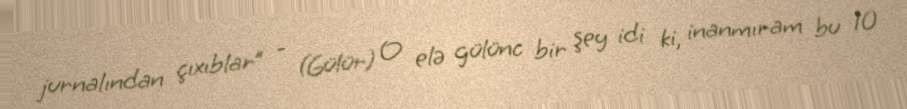
jurnalından çıxıblar” - (Gülür) O elə gülünc bir şey idi ki, inanmıram bu 10